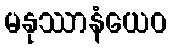
မနုဿာနံယေဝ